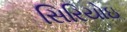
સિરિયોઇ